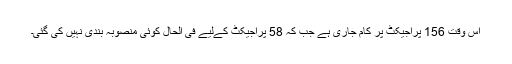
اس وقت 156 پراجیکٹ پر کام جاری ہے جب کہ 58 پراجیکٹ کےلیے فی الحال کوئی منصوبہ بندی نہیں کی گئی۔